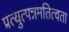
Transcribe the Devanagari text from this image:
प्रत्युत्पन्नमतित्वता